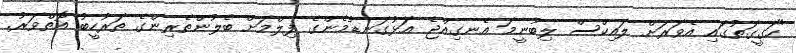
"ހަގީގަތުގައި އެވަރަށް ލައިކްސް ލިބުނީމަ އެނގިއްޖެ އަޅުގަނޑުމެންގެ ފިލްމަށް ބެލުންތެރިންގެ ތަރުހީބު އޮތްވަރު.